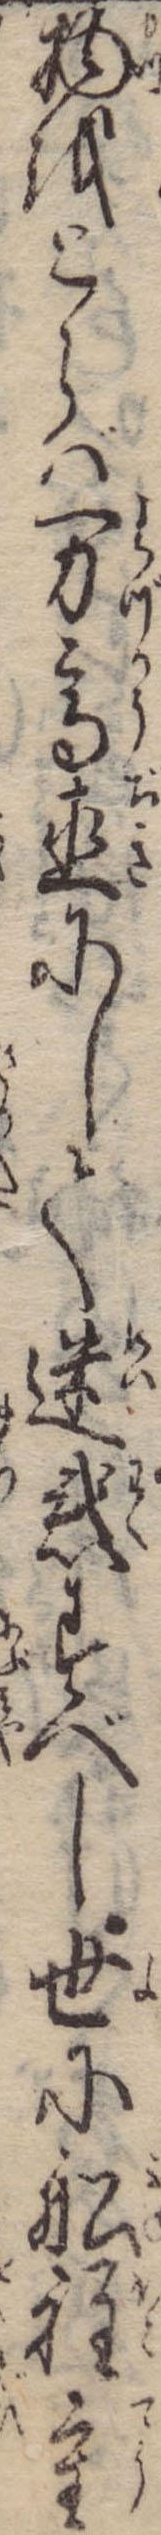
物をとらば万高直にして迷惑すべし世に船程重